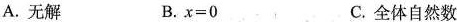
A.无解 B.$$x=0$$ C.全体自然数